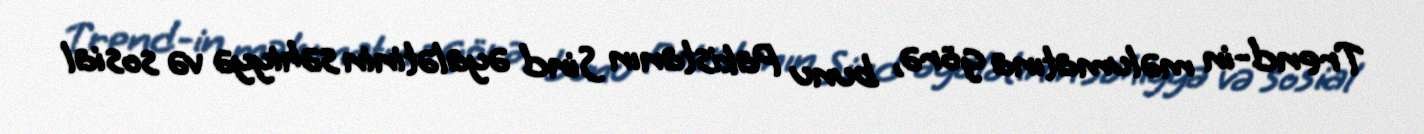
Trend-in məlumatına görə, bunu Pakistanın Sind əyalətinin səhiyyə və sosial